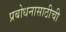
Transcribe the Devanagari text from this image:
प्रबोधनासाठीची